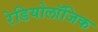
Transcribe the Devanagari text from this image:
रेडियोलॉजिक